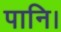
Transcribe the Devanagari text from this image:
पानि।